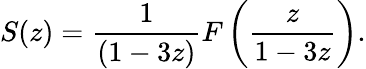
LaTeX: S(z)={\frac{1}{(1-3z)}}F\left({\frac{z}{1-3z}}\right).